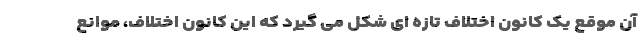
آن موقع یک کانون اختلاف تازه ای شکل می گیرد که این کانون اختلاف، موانع